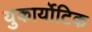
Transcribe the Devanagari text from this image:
युकार्योटिक